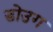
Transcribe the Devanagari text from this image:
डोउग